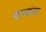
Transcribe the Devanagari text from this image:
मान्यंगा